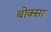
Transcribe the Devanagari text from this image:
बोक्सा